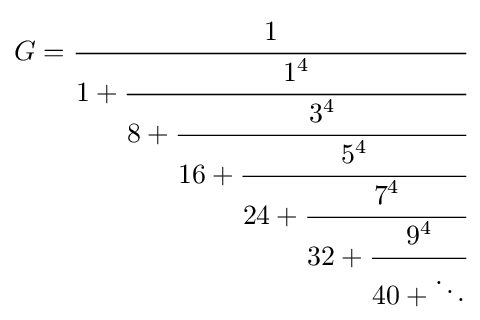
G={\cfrac {1}{1+{\cfrac {1^{4}}{8+{\cfrac {3^{4}}{16+{\cfrac {5^{4}}{24+{\cfrac {7^{4}}{32+{\cfrac {9^{4}}{40+\ddots }}}}}}}}}}}}